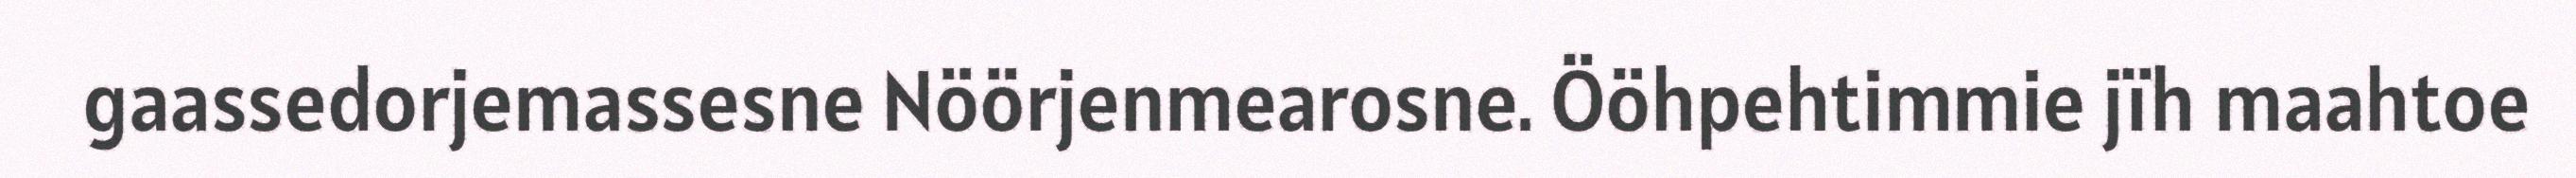
gaassedorjemassesne Nöörjenmearosne. Ööhpehtimmie jïh maahtoe